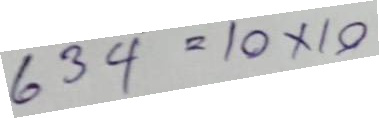
634 = 10 x 10